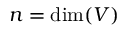
n = \dim ( V )